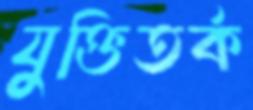
যুক্তিতর্ক